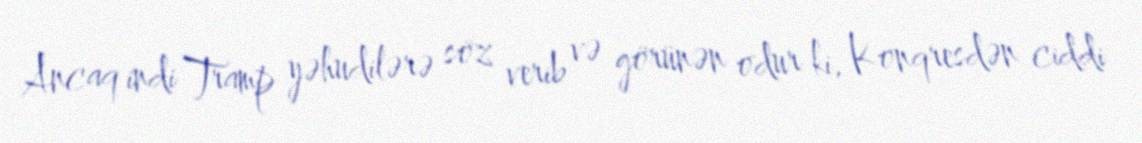
Ancaq indi Tramp yəhudilərə söz verib və görünən odur ki, Konqresdən ciddi